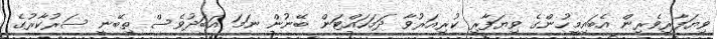
ވިޔަފާރިވެރިން އެބައިމީހުންގެ ވިޔަފާރި ކުރިއަރުވާ ދަމަހައްޓަން ބޭނުން ނަމަ އަބަދުވެސް ތިބޭނީ ސަރުކާރުގެ